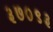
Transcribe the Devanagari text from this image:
३७०९३